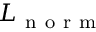
L _ { \mathrm { ~ n ~ o ~ r ~ m ~ } }